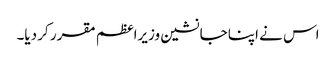
اس نے اپنا جانشین وزیراعظم مقرر کر دیا۔